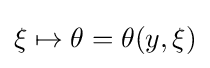
\xi \mapsto \theta =\theta (y,\xi )